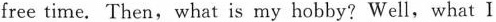
free time. Then, what is my hobby? Well, what I